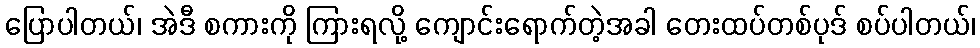
ပြောပါတယ်၊ အဲဒီ စကားကို ကြားရလို့ ကျောင်းရောက်တဲ့အခါ တေးထပ်တစ်ပုဒ် စပ်ပါတယ်၊